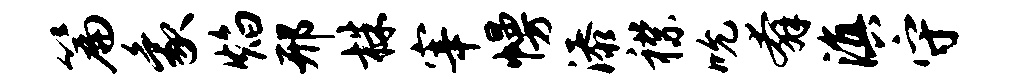
篇象焰邢株宰幔添襟吮奔滇守